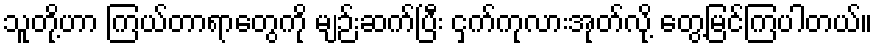
သူတို့ဟာ ကြယ်တာရာတွေကို မျဉ်းဆက်ပြီး ငှက်ကုလားအုတ်လို့ တွေ့မြင်ကြပါတယ်။